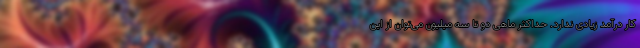
کار درآمد زیادی ندارد. حداکثر ماهی دو تا سه میلیون می‌توان از این